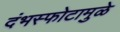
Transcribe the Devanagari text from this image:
दंभस्फोटामुळे